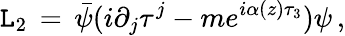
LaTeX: {\cal\mathtt{L}}_{2}\, =\, \bar{{\psi}}(i\partial_{j}\tau^{j}-me^{i\alpha(z)\tau_{3}})\psi\, ,